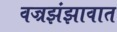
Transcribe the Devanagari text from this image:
वज्रझंझावात